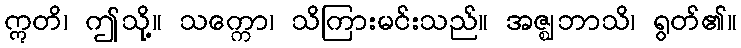
ဣတိ၊ ဤသို့။ သက္ကော၊ သိကြားမင်းသည်။ အဇ္ဈဘာသိ၊ ရွတ်၏။